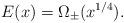
LaTeX: \begin{align*}E(x) = \Omega_{\pm}(x^{1/4}). \end{align*}